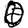
Digit: 0